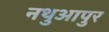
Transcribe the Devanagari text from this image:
नथुआपुर